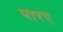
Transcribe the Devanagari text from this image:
पारए